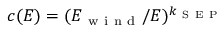
c ( E ) = ( E _ { \mathrm { ~ w ~ i ~ n ~ d ~ } } / E ) ^ { k _ { \mathrm { ~ S ~ E ~ P ~ } } }